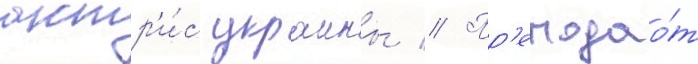
актр'и́с украины // Пр'еподао́т